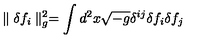
\parallel \delta f _ { i } \parallel _ { g } ^ { 2 } = \int d ^ { 2 } x \sqrt { - g } \delta ^ { i j } \delta f _ { i } \delta f _ { j }